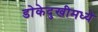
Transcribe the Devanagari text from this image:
डोकेदुखीमध्ये